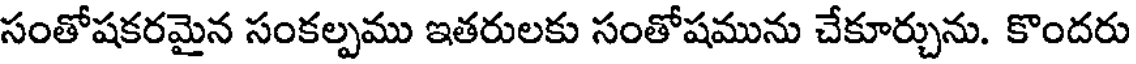
సంతోషకరమైన సంకల్పము ఇతరులకు సంతోషమును చేకూర్చును. కొందరు